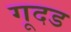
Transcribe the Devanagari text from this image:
गूदड